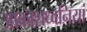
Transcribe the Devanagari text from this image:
आकाशध्वनियां